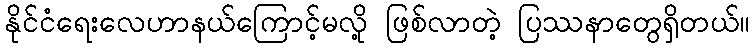
နိုင်ငံရေးလေဟာနယ်ကြောင့်မလို့ ဖြစ်လာတဲ့ ပြဿနာတွေရှိတယ်။